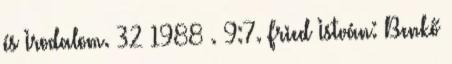
és Irodalom. 32 1988 . 9:7. Fried István: Benkő